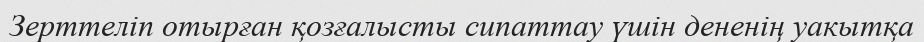
Зерттеліп отырған қозғалысты сипаттау үшін дененің уакытқа